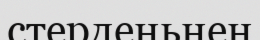
стерденьнен